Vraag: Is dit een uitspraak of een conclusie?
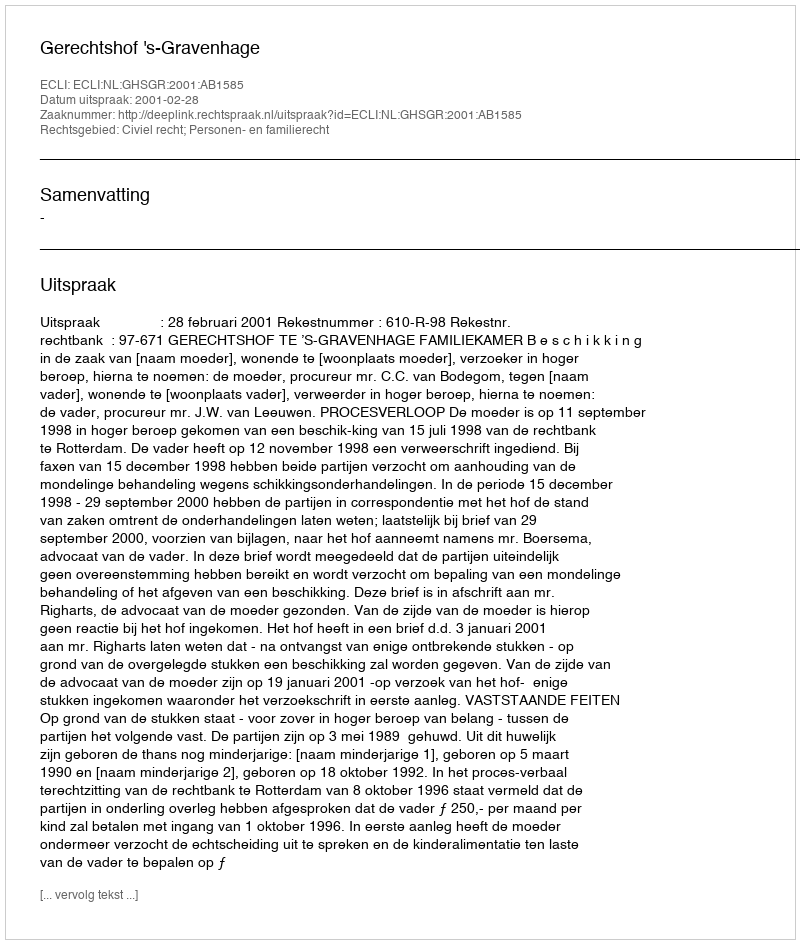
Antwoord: Uitspraak